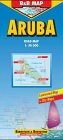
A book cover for Aruba Road Map (B&B Road Maps); Treaty Oak; Travel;